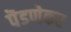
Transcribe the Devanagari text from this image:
पॆडणेकर